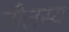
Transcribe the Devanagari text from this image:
नीलस्य